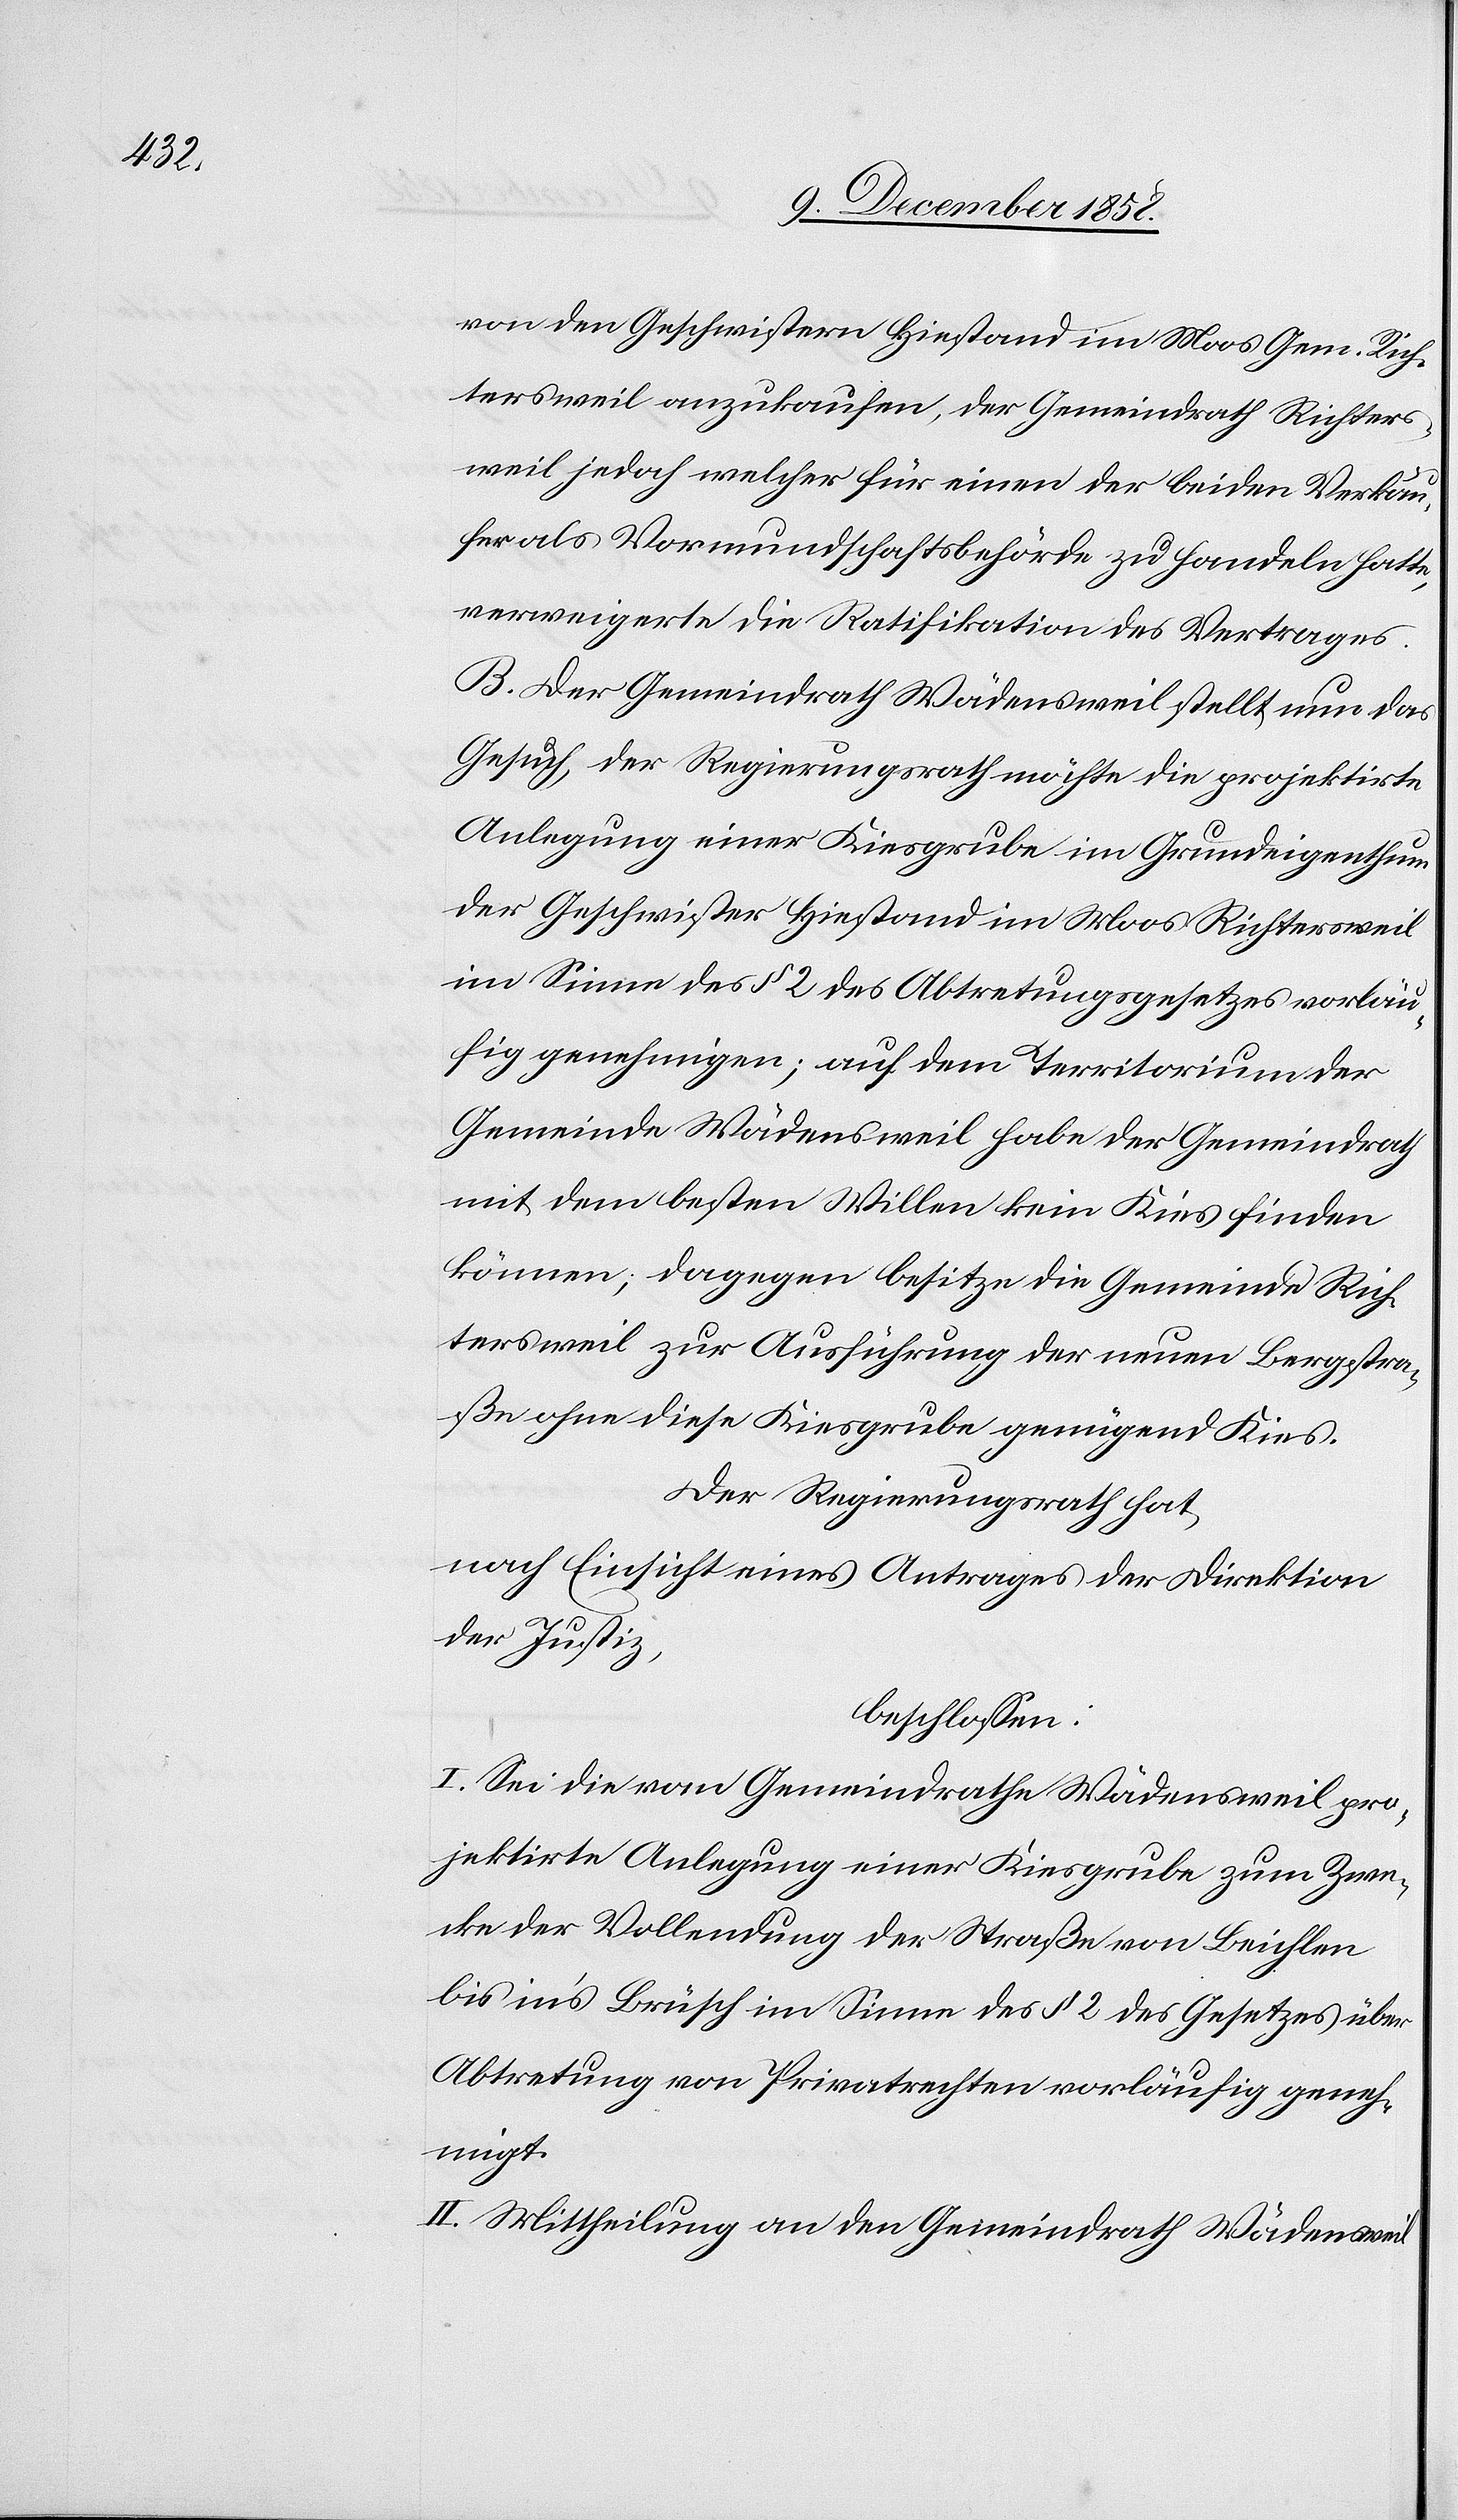
von den Geschwistern Hiestand im Moos Gem. Rich¬
tersweil anzukaufen, der Gemeindrath Richters¬
weil jedoch welcher für einen der beiden Verkäu¬
fer als Vormundschaftsbehörde zu handeln hatte,
verweigerte die Ratifikation des Vertrages.
B. Der Gemeindrath Wädensweil stellt nun das
Gesuch, der Regierungsrath möchte die projektirte
Anlegung einer Kiesgrube im Grundeigenthum
der Geschwister Hiestand im Moos Richtersweil
im Sinne des § 2 des Abtretungsgesetzes vorläu¬
fig genehmigen; auf dem Territorium der
Gemeinde Wädensweil habe der Gemeindrath
mit dem besten Willen kein Kies finden
können; dagegen besitze die Gemeinde Rich¬
tersweil zur Ausführung der neuen Bergstra¬
ße ohne diese Kiesgrube genügend Kies.
Der Regierungsrath hat,
nach Einsicht eines Antrages der Direktion
der Justiz,
beschlossen:
I. Sei die vom Gemeindrathe Wädensweil pro¬
jektirte Anlegung einer Kiesgrube zum Zwe¬
cke der Vollendung der Straße von Beichlen
bis in’s Brüsch im Sinne des § 2 des Gesetzes über
Abtretung von Privatrechten vorläufig geneh¬
migt.
II. Mittheilung an den Gemeindrath Wädensweil